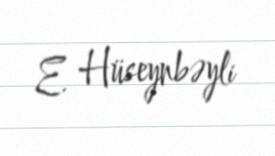
E. Hüseynbəyli